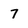
Character: 7